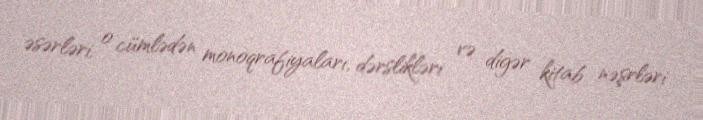
əsərləri, o cümlədən monoqrafiyaları, dərslikləri və digər kitab nəşrləri